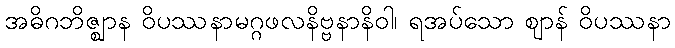
အဓိဂဘိဇ္ဈာန ဝိပဿနာမဂ္ဂဖလနိဗ္ဗနာနိဝါ၊ ရအပ်သော ဈာန် ဝိပဿနာ